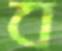
ব